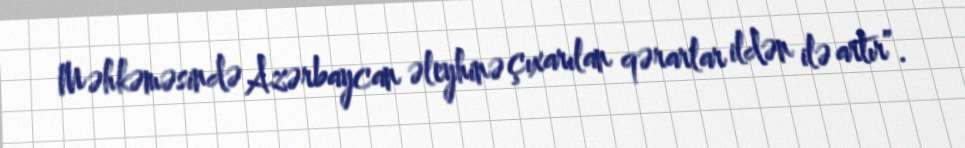
Məhkəməsində Azərbaycan əleyhinə çıxarılan qərarlar ildən ilə artır”.